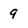
Character: 9